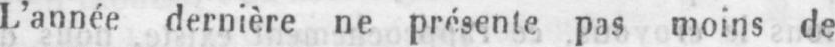
L’année dernière ne présente pas moins de